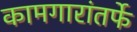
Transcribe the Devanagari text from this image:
कामगारांतर्फे